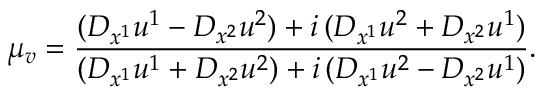
\mu _ { v } = \frac { ( D _ { x ^ { 1 } } u ^ { 1 } - D _ { x ^ { 2 } } u ^ { 2 } ) + i \, ( D _ { x ^ { 1 } } u ^ { 2 } + D _ { x ^ { 2 } } u ^ { 1 } ) } { ( D _ { x ^ { 1 } } u ^ { 1 } + D _ { x ^ { 2 } } u ^ { 2 } ) + i \, ( D _ { x ^ { 1 } } u ^ { 2 } - D _ { x ^ { 2 } } u ^ { 1 } ) } .